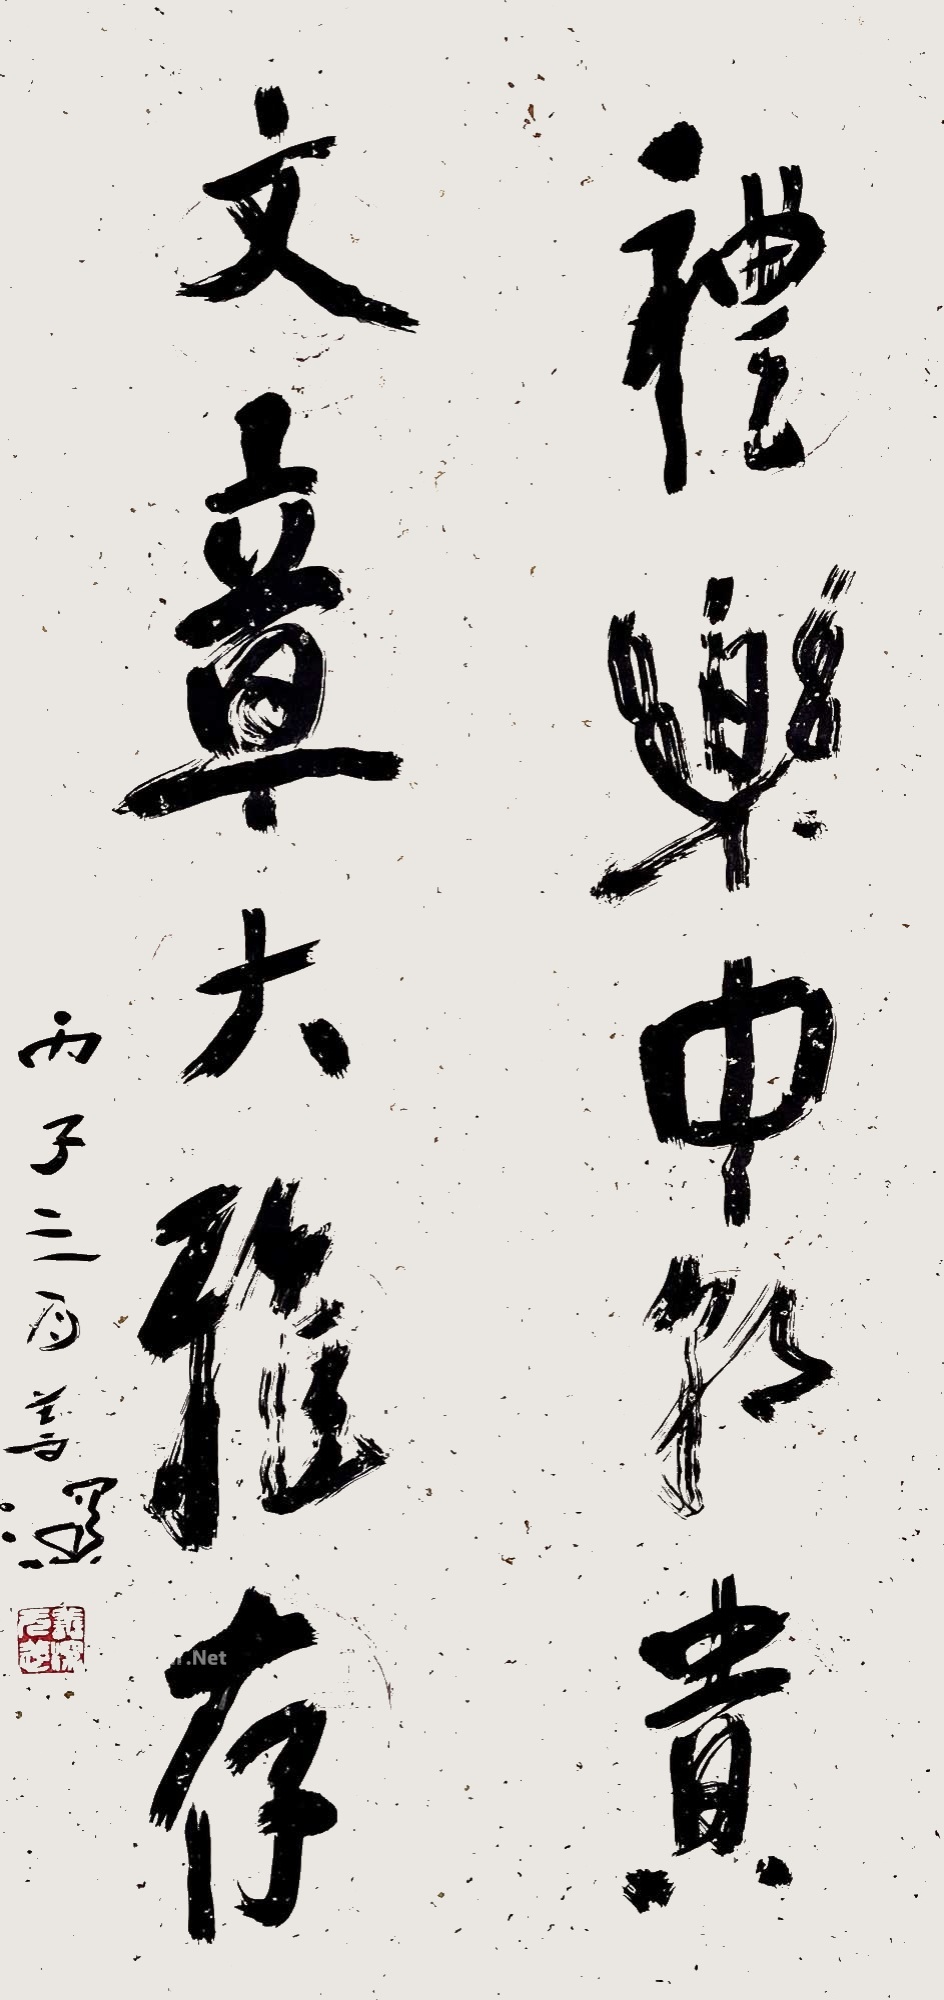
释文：礼乐中朝贵，文章大雅存。丙子三月善深